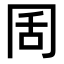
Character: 𭁦